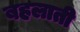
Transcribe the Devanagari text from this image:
बहलाती